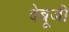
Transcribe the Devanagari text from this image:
देबूजी